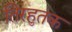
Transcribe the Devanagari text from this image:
तिरहुतक